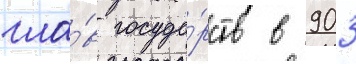
гла́в госуда́рств в 903